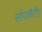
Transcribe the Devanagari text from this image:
सोपबैरी।